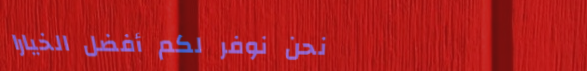
نحن نوفر لكم أفضل الخيارا